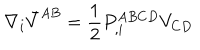
LaTeX: \nabla _ { i } \bar { V } ^ { A B } = { \frac { 1 } { 2 } } P _ { , i } ^ { A B C D } V _ { C D }